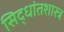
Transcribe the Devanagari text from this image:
सिद्धांतशास्त्र